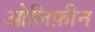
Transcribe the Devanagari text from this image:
ओलिफ़ीन